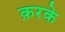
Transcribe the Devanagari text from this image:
क़रके